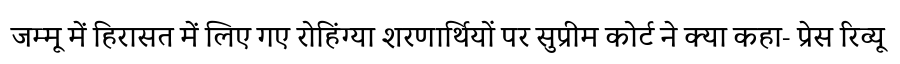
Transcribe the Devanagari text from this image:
जम्मू में हिरासत में लिए गए रोहिंग्या शरणार्थियों पर सुप्रीम कोर्ट ने क्या कहा- प्रेस रिव्यू